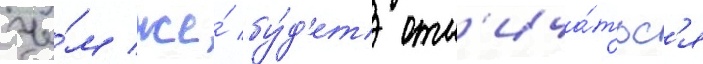
Че́м же́ бу́д'ет отл'ича́тьс'я